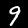
Label: 9